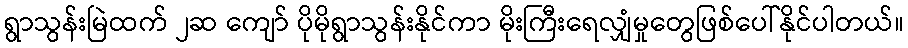
ရွာသွန်းမြဲထက် ၂ဆ ကျော် ပိုမိုရွာသွန်းနိုင်ကာ မိုးကြီးရေလျှံမှုတွေဖြစ်ပေါ်နိုင်ပါတယ်။